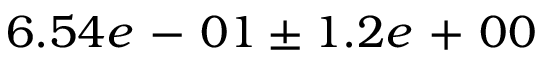
6 . 5 4 e \mathrm { ~ - ~ } 0 1 \pm 1 . 2 e \mathrm { ~ + ~ } 0 0